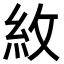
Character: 𮈄